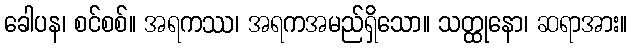
ခေါပန၊ စင်စစ်။ အရကဿ၊ အရကအမည်ရှိသော။ သတ္ထုနော၊ ဆရာအား။